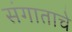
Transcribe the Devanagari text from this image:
संगाताचे